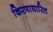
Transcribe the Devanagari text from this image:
किरणाधारित